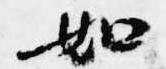
如